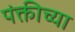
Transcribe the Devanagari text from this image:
पंक्तीच्या